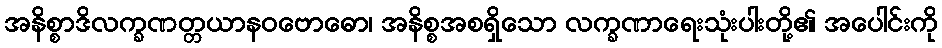
အနိစ္စာဒိလက္ခဏတ္တယာနဝဗောဓော၊ အနိစ္စအစရှိသော လက္ခဏာရေးသုံးပါးတို့၏ အပေါင်းကို